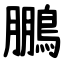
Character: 鵬